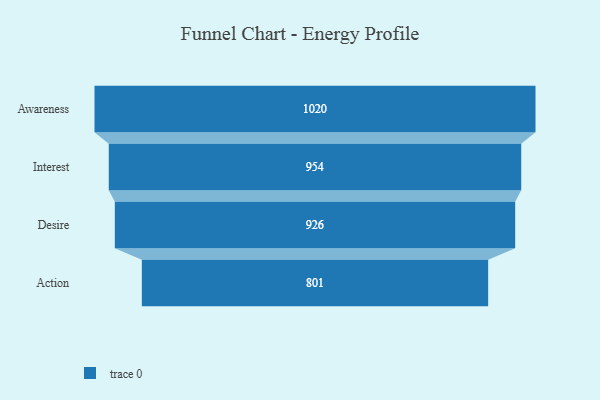
{"axis": {"x": "Stage", "y": "Value"}, "legend": [""], "data": [{"x": "Awareness", "y": 1020.0, "type": ""}, {"x": "Interest", "y": 954.0, "type": ""}, {"x": "Desire", "y": 926.0, "type": ""}, {"x": "Action", "y": 801.0, "type": ""}]}